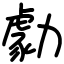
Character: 勮